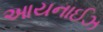
આયનાઈઝ